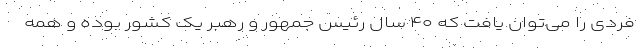
فردی را می‌توان یافت که ۴۰ سال رئیس جمهور و رهبر یک کشور بوده و همه